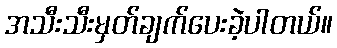
အသီးသီးမှတ်ချက်ပေးခဲ့ပါတယ်။